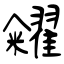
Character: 糴